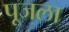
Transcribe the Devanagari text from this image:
पूजला